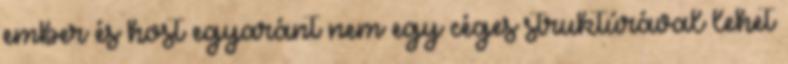
ember és host egyaránt nem egy céges struktúrával lehet